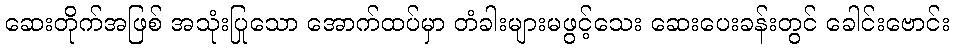
ဆေးတိုက်အဖြစ် အသုံးပြုသော အောက်ထပ်မှာ တံခါးများမဖွင့်သေး ဆေးပေးခန်းတွင် ခေါင်းဗောင်း